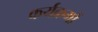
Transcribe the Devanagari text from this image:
कर्यक्रमों